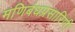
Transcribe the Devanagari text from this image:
मणिबंधप्रसारिणी